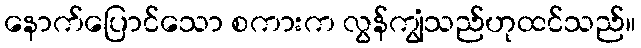
နောက်ပြောင်သော စကားက လွန်ကျွံသည်ဟုထင်သည်။